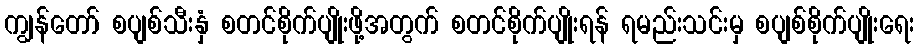
ကျွန်တော် စပျစ်သီးနှံ စတင်စိုက်ပျိုးဖို့အတွက် စတင်စိုက်ပျိုးရန် ရမည်းသင်းမှ စပျစ်စိုက်ပျိုးရေး